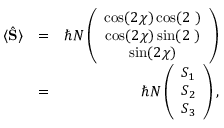
\begin{array} { r l r } { \langle \hat { \bf S } \rangle } & { = } & { \hbar N \left( \begin{array} { c } { \cos ( 2 \chi ) \cos ( 2 { \it \Psi } ) } \\ { \cos ( 2 \chi ) \sin ( 2 { \it \Psi } ) } \\ { \sin ( 2 \chi ) } \end{array} \right) } \\ & { = } & { \hbar N \left( \begin{array} { c } { S _ { 1 } } \\ { S _ { 2 } } \\ { S _ { 3 } } \end{array} \right) , } \end{array}